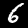
Label: 6